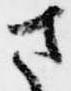
さ